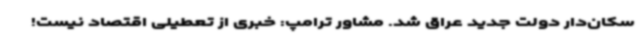
سکان‌دار دولت جدید عراق شد. مشاور ترامپ: خبری از تعطیلی اقتصاد نیست!